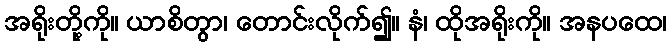
အရိုးတို့ကို။ ယာစိတွာ၊ တောင်းလိုက်၍။ နံ၊ ထိုအရိုးကို။ အနပထေ၊